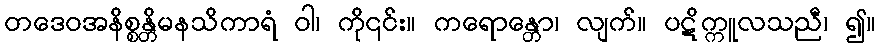
တဒေဝအနိစ္စန္တိမနသိကာရံ ဝါ၊ ကို၎င်း။ ကရောန္တော၊ လျက်။ ပဋိက္ကူလသညီ၊ ၍။